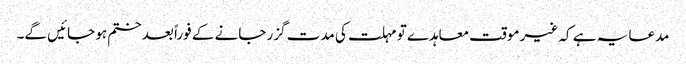
مدعا یہ ہے کہ غیر موقت معاہدے تو مہلت کی مدت گزر جانے کے فوراً بعد ختم ہو جائیں گے۔